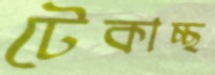
টেকাচ্ছ